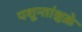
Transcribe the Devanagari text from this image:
पशून्तांश्चक्रे